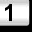
Digit: 1